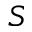
S